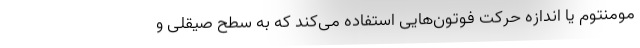
مومنتوم یا اندازه حرکت فوتون‌هایی استفاده می‌کند که به سطح صیقلی و